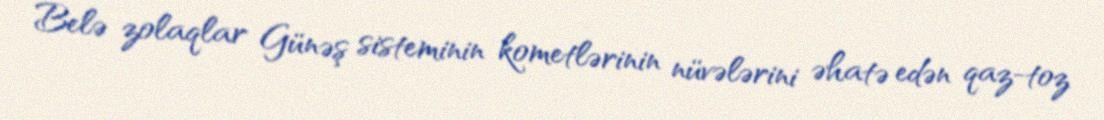
Belə zolaqlar Günəş sisteminin kometlərinin nüvələrini əhatə edən qaz-toz